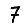
Digit: 7